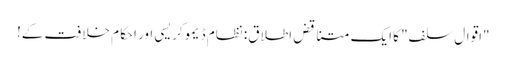
"اقوالِ سلف" کا ایک متناقض اطلاق: نظام ڈیموکریسی اور احکام خلافت کے!